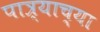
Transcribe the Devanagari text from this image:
पात्र्याच्या